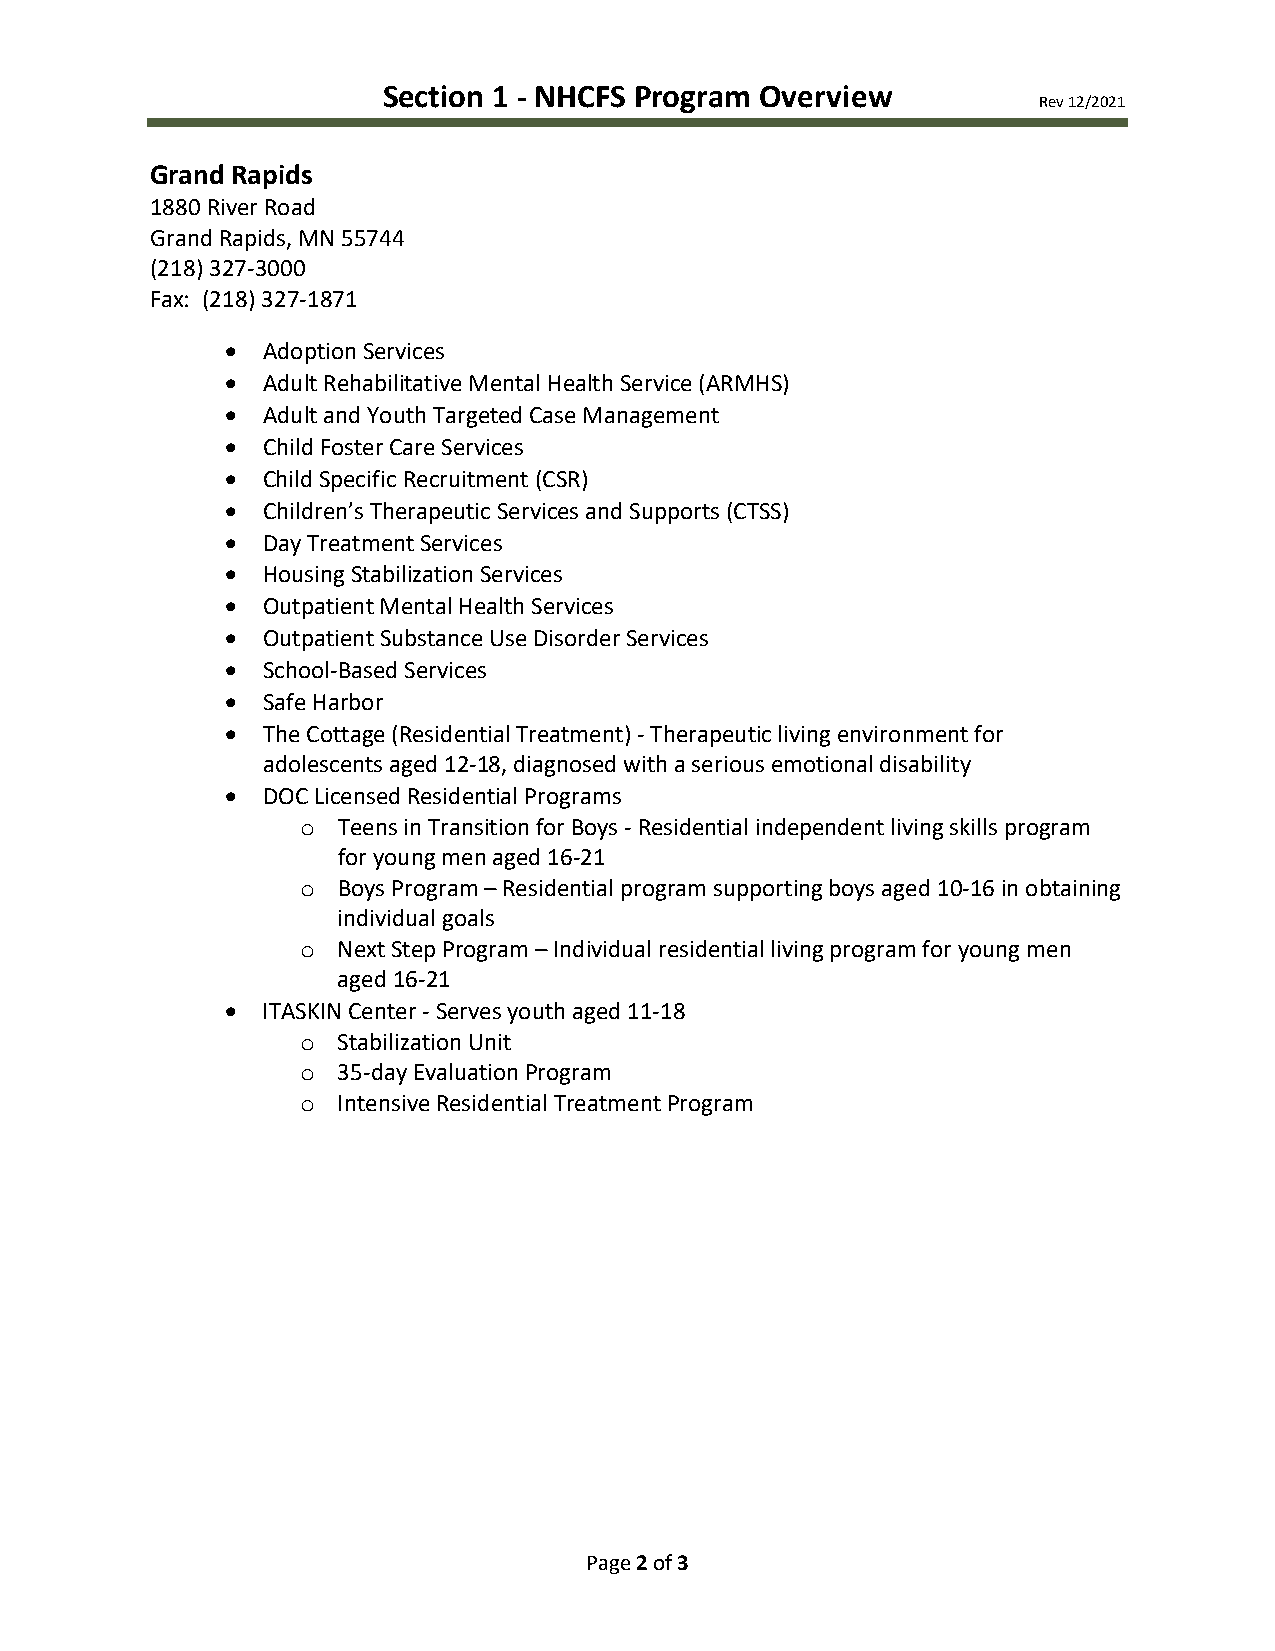
Section 1 - NHCFS Program Overview
 Rev 12/2021
 Grand Rapids
 1880 River Road
 Grand Rapids, MN 55744
 (218) 327-3000
 Fax: (218) 327-1871
 • Adoption Services
 • Adult Rehabilitative Mental Health Service (ARMHS)
 • Adult and Youth Targeted Case Management
 • Child Foster Care Services
 • Child Specific Recruitment (CSR)
 • Children’s Therapeutic Services and Supports (CTSS)
 • Day Treatment Services
 • Housing Stabilization Services
 • Outpatient Mental Health Services
 • Outpatient Substance Use Disorder Services
 • School-Based Services
 • Safe Harbor
 • The Cottage (Residential Treatment) - Therapeutic living environment for
 adolescents aged 12-18, diagnosed with a serious emotional disability
 • DOC Licensed Residential Programs
 Teens in Transition for Boys - Residential independent living skills program
 o
 for young men aged 16-21
 Boys Program – Residential program supporting boys aged 10-16 in obtaining
 o
 individual goals
 Next Step Program – Individual residential living program for young men
 o
 aged 16-21
 • ITASKIN Center - Serves youth aged 11-18
 Stabilization Unit
 o
 35-day Evaluation Program
 o
 Intensive Residential Treatment Program
 o
 Page 2 of 3